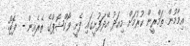
އިމާމުން ތަމްރީން ކުރުމަށް މިއަދު އޭދަފުށީގައި ފެށީ ވޯކްޝޮޕްގެ ތެރެއިން - ފޮޓޯ: